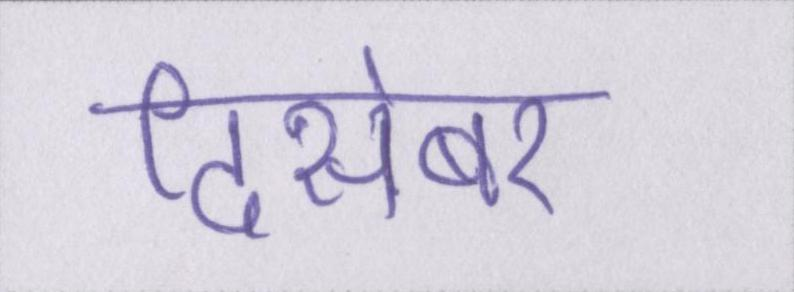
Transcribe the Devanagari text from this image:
दिसंबर